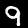
Digit: 9